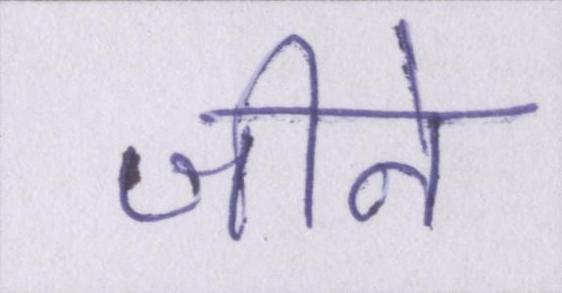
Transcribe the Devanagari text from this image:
जीने